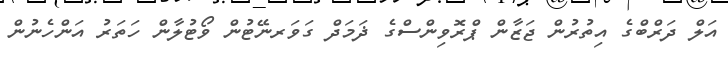
އަލް ދަރްބްގެ އިތުރުން ޖަޒާން ޕްރޮވިންސްގެ ޛަމަދް ގަވަރނޭޓުން ވޯޓުލާން ހަތަރު އަންހެނުން